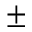
\pm